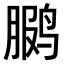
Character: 𫛳